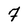
Character: 7